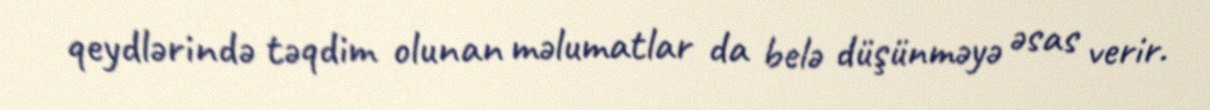
qeydlərində təqdim olunan məlumatlar da belə düşünməyə əsas verir.